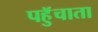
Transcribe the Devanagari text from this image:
पहुॅचाता